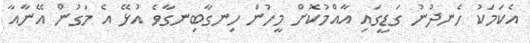
އެކަމަކު ހެނދުނު ގަޑީގައި އާއްމުކޮށް މީހުން ހިނގާބިނގާވެ އުޅޭ އެ މަގުން އޭނާއާ